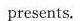
presents.